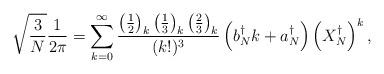
LaTeX: \begin{align*}\sqrt{\frac{3}{N}}\frac{1}{2\pi} =\sum_{k=0}^\infty \frac{\left(\frac{1}{2}\right)_k\left(\frac{1}{3}\right)_k\left(\frac{2}{3}\right)_k}{(k!)^3}\left(b^\dagger_N k+a^\dagger_N\right) \left(X^\dagger_N\right)^k,\end{align*}